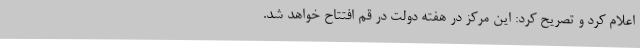
اعلام کرد و تصریح کرد: این مرکز در هفته دولت در قم افتتاح خواهد شد.